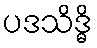
ပဒသိဒ္ဓိ